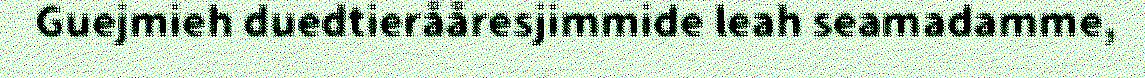
Guejmieh duedtierååresjimmide leah seamadamme,